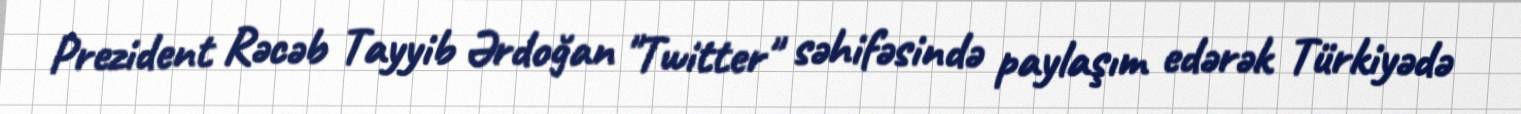
Prezident Rəcəb Tayyib Ərdoğan "Twitter" səhifəsində paylaşım edərək Türkiyədə